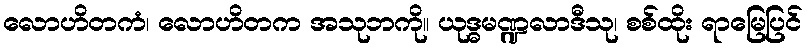
လောဟိတကံ၊ လောဟိတက အသုဘကို။ ယုဒ္ဓမဏ္ဍလာဒီသု၊ စစ်ထိုး ရာမြေပြင်